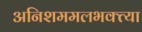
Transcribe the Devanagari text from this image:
अनिशममलभक्त्या